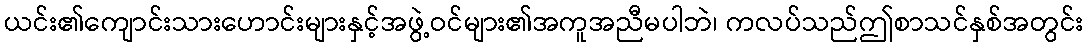
ယင်း၏ကျောင်းသားဟောင်းများနှင့်အဖွဲ့ဝင်များ၏အကူအညီမပါဘဲ၊ ကလပ်သည်ဤစာသင်နှစ်အတွင်း